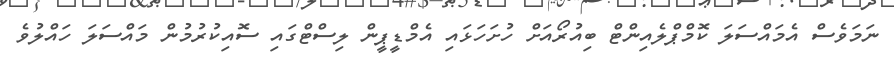
ނަމަވެސް އެމައްސަލަ ކޮމްޕްލެއިންޓް ބިއުރޯއަށް ހުށަހަޅައި އެމްޑީޕީން ލިސްޓްގައި ސޮއިކުރުމުން މައްސަލަ ހައްލުވެ